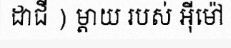
ដាជី ) ម្តាយ របស់ អ៊ីម៉ៅ